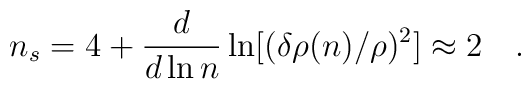
n_s = 4 + \frac{d}{d\ln n}\ln[(\delta\rho(n)/\rho)^2] \approx 2\quad .